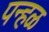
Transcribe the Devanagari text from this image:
पन्हळ